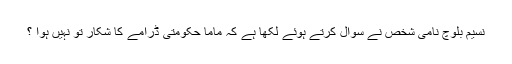
نسیم بلوچ نامی شخص نے سوال کرتے ہوئے لکھا ہے کہ ماما حکومتی ڈرامے کا شکار تو نہیں ہوا ؟